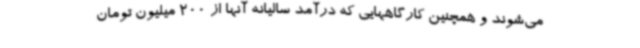
می‌شوند و همچنین کارگاههایی که درآمد سالیانه آنها از 200 میلیون تومان